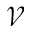
\mathcal { V }